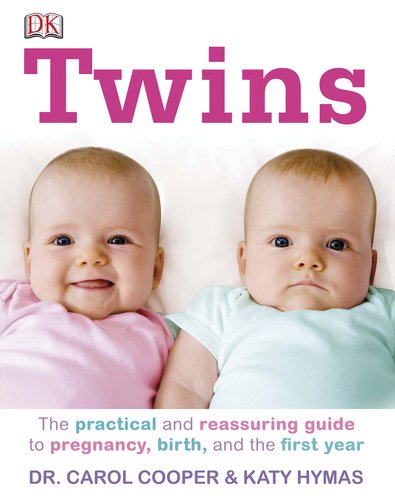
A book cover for Twins; Carol Cooper; Parenting & Relationships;